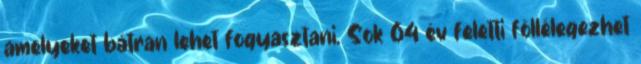
amelyeket bátran lehet fogyasztani. Sok 64 év feletti föllélegezhet